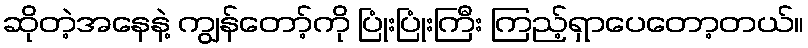
ဆိုတဲ့အနေနဲ့ ကျွန်တော့်ကို ပြုံးပြုံးကြီး ကြည့်ရှာပေတော့တယ်။